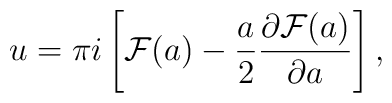
u=\pi i \left[{\cal F}(a)-{a\over 2}{\partial {\cal F}(a)\over \partial a}\right],